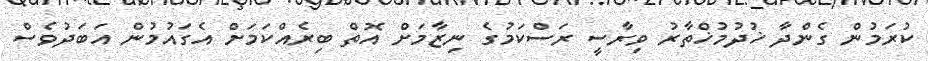
ކުރަމުން ގެންދާ ޚުދުމުޚްތާރު ވިރާސީ ރަސްކަމުގެ ނިޒާމަށް އޮތް ބިރެއްކަމަށް އެގައުމުން އަބަދުވެސް